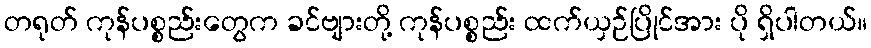
တရုတ် ကုန်ပစ္စည်းတွေက ခင်ဗျားတို့ ကုန်ပစ္စည်း ထက်ယှဉ်ပြိုင်အား ပို ရှိပါတယ်။